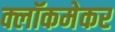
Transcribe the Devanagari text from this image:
क्लॉकमेकर